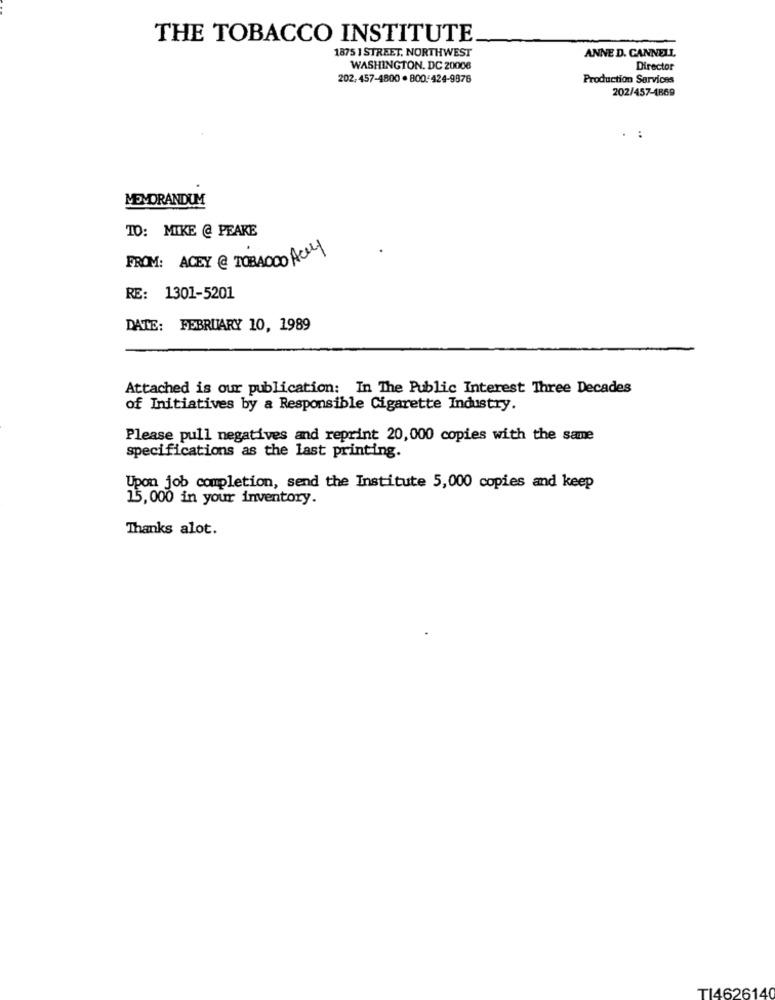
THE TOBACCO INSTITUTE
1875 ] STREET, NORTHWEST
ANNE D. CANNELL
WASHINGTON, DC 20006
Director
202,457-4800 . 800:424-9876
Production Services
202/457-4869
:
MEMORANDUM
TO: MIKE @ PEAKE
FROM: ACEY @ TOBA000 ACY
RE: 1301-5201
DATE: FEBRUARY 10, 1989
Attached is our publication: In The Public Interest Three Decades
of Initiatives by a Responsible Cigarette Industry.
Please pull negatives and reprint 20,000 copies with the same
specifications as the last printing.
Upon job completion, send the Institute 5,000 copies and keep
15,000 in your inventory.
Thanks alot.
T14626140